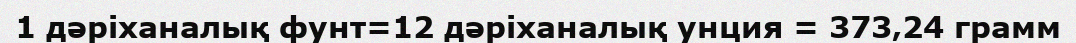
1 дәріханалық фунт=12 дәріханалық унция = 373‚24 грамм